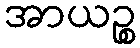
အာယဉ္စ